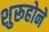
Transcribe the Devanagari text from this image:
शुरूहोने